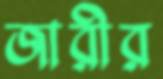
জারীর